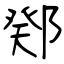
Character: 鄈